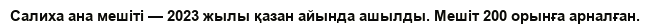
Салиха ана мешіті — 2023 жылы қазан айында ашылды. Мешіт 200 орынға арналған.